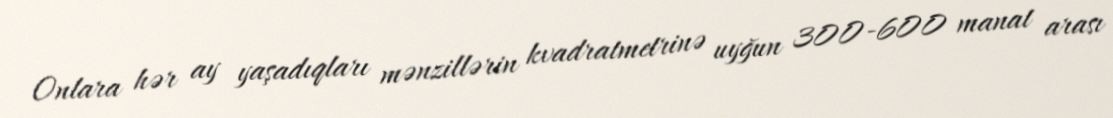
Onlara hər ay yaşadıqları mənzillərin kvadratmetrinə uyğun 300-600 manat arası